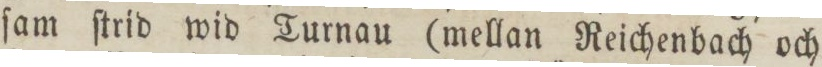
ſam ſtrid wid Turnau (mellan Reichenbach och